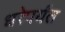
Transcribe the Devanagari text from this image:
धरेपर्यंत